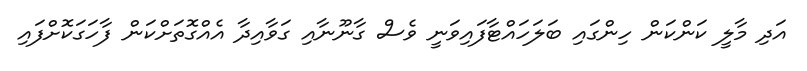
އަދި މާލީ ކަންކަން ހިންގައި ބަލަހައްޓާފައިވަނީ ވެސް ގާނޫނާއި ގަވާއިދާ އެއްގޮތަށްކަން ފާހަގަކޮށްފައި